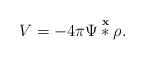
LaTeX: \begin{align*}V=-4\pi \Psi \overset{\textbf{x}}{\ast}\rho .\end{align*}